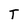
Character: T